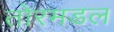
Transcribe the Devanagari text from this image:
तोरमडल